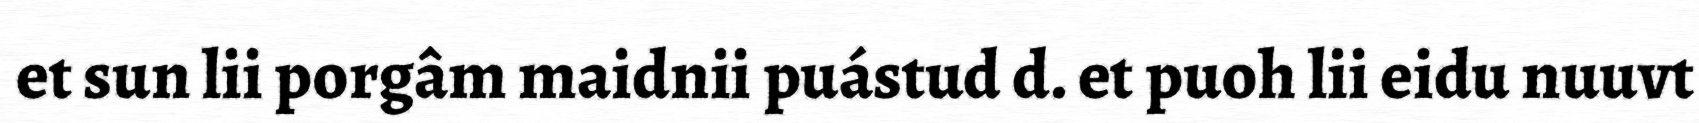
et sun lii porgâm maidnii puástud d. et puoh lii eidu nuuvt